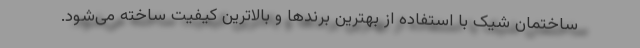
ساختمان شیک با استفاده از بهترین برندها و بالاترین کیفیت ساخته می‌شود.